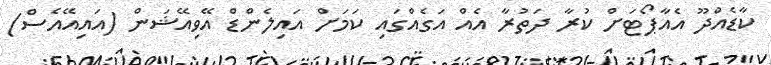
ކާޑެއްދޫ އެއާޕޯޓަށް ކުރާ ދަތުރާ އެއް އަގެއްގައި ކަމަށް އައިލެންޑް އޭވިއޭޝަން (އައިއޭއެސް)